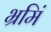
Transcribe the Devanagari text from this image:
भ्रमिं